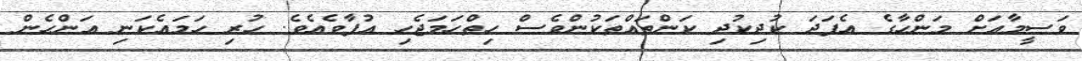
ވަސީމާއަށް މަންހާގެ އެފަދަ ކުދިކުދި ކަންތައްތަކުންވެސް ހިތްހަމަޖެހި އުފާވެއެވެ. ހުރި ހަމައެކަނި އަންހެން